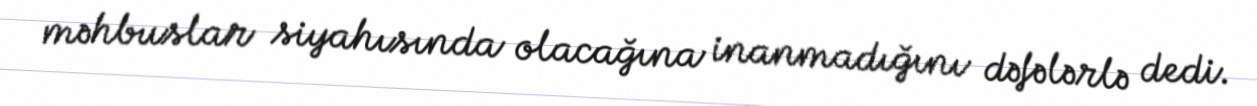
məhbuslar siyahısında olacağına inanmadığını dəfələrlə dedi.